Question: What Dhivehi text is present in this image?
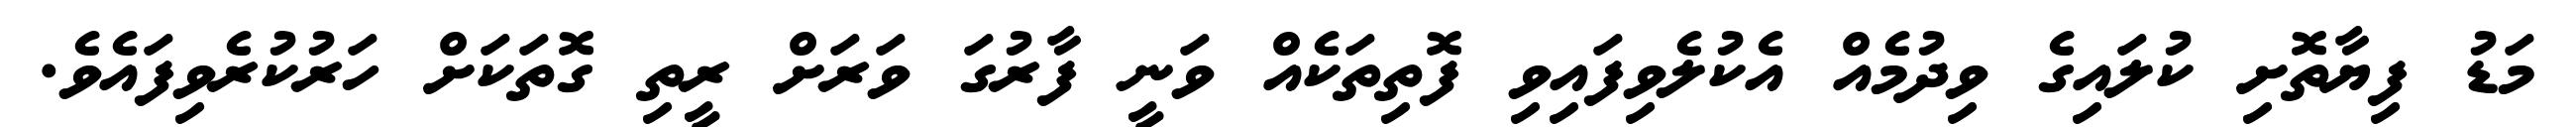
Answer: މަޑު ފިޔާތޮށި ކުލައިގެ ވިދުމެއް އެކުލެވިފައިވި ފޮތިތަކެއް ވަނީ ފާރުގަ ވަރަށް ރީތި ގޮތަކަށް ހަރުކުރެވިފައެވެ.